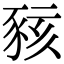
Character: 豥